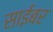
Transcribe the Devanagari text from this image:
साईबर